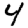
Digit: 4